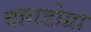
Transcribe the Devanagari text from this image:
बागडोग्रा